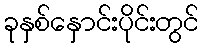
ခုနှစ်နှောင်းပိုင်းတွင်